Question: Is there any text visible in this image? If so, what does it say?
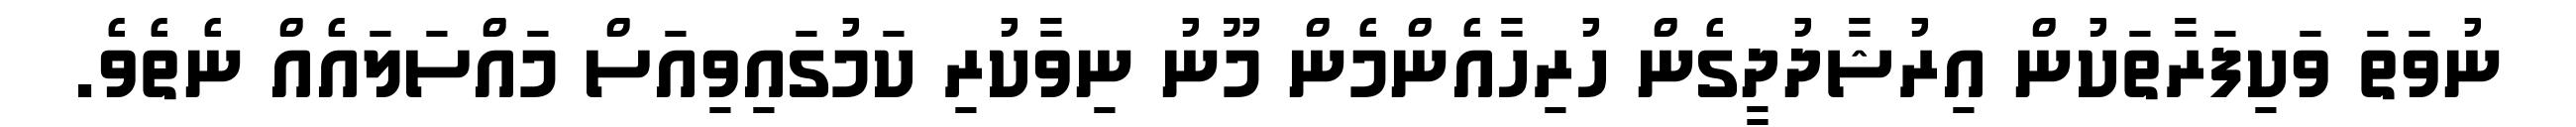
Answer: ނުވަތަ ވަކިފަރާތަކުން އިރުޝާދުދީގެން ހުރިހާއެންމެން މޫނު ނިވާކުރި ކަމުގައިވިއަސް މައްސަލައެއް ނެތެވެ.